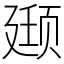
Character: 颋